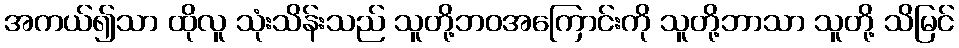
အကယ်၍သာ ထိုလူ သုံးသိန်းသည် သူတို့ဘဝအကြောင်းကို သူတို့ဘာသာ သူတို့ သိမြင်